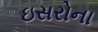
ઇસરોના